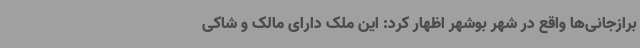
برازجانی‌ها واقع در شهر بوشهر اظهار کرد: این ملک دارای مالک‌ و شاکی